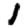
Digit: 1